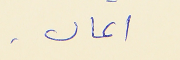
المال.